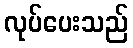
လုပ်ပေးသည်